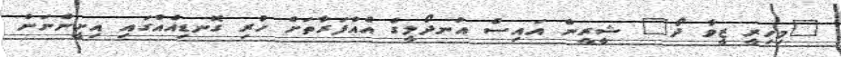
"މިހިރީ ޒީވާ ދޯ" ޝީރީން އައިސް އުނދޯލީގެ އެއްފަރާތަށް ހުރި ގޮނޑިއެއްގައި އިށީންނަން